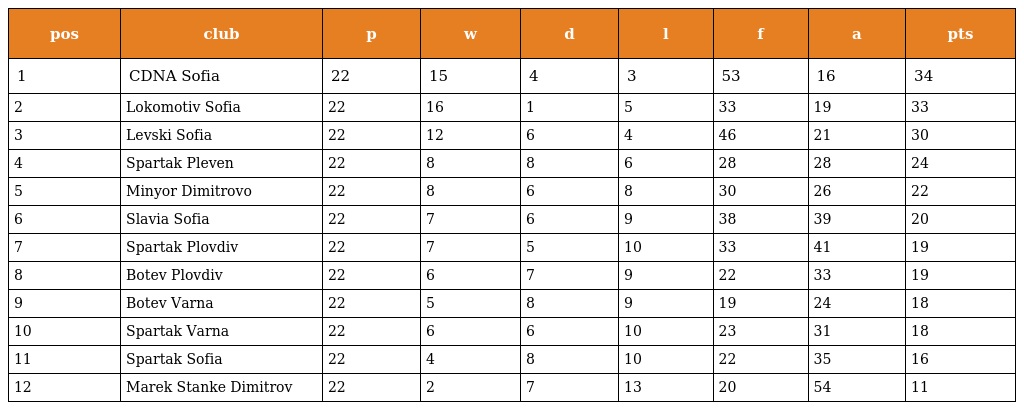
| pos | club | p | w | d | l | f | a | pts |
 | --- | --- | --- | --- | --- | --- | --- | --- | --- |
 | 1 | CDNA Sofia | 22 | 15 | 4 | 3 | 53 | 16 | 34 |
 | 2 | Lokomotiv Sofia | 22 | 16 | 1 | 5 | 33 | 19 | 33 |
 | 3 | Levski Sofia | 22 | 12 | 6 | 4 | 46 | 21 | 30 |
 | 4 | Spartak Pleven | 22 | 8 | 8 | 6 | 28 | 28 | 24 |
 | 5 | Minyor Dimitrovo | 22 | 8 | 6 | 8 | 30 | 26 | 22 |
 | 6 | Slavia Sofia | 22 | 7 | 6 | 9 | 38 | 39 | 20 |
 | 7 | Spartak Plovdiv | 22 | 7 | 5 | 10 | 33 | 41 | 19 |
 | 8 | Botev Plovdiv | 22 | 6 | 7 | 9 | 22 | 33 | 19 |
 | 9 | Botev Varna | 22 | 5 | 8 | 9 | 19 | 24 | 18 |
 | 10 | Spartak Varna | 22 | 6 | 6 | 10 | 23 | 31 | 18 |
 | 11 | Spartak Sofia | 22 | 4 | 8 | 10 | 22 | 35 | 16 |
 | 12 | Marek Stanke Dimitrov | 22 | 2 | 7 | 13 | 20 | 54 | 11 |